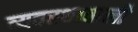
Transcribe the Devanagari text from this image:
व्यवस्थावाली